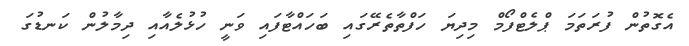
އެގޮތުން ފުރަތަމަ ޕްލެޓްފޯމް މިދިޔަ ހަފްތާތެރޭގައި ބަހައްޓާފައި ވަނީ ހުޅުލެއާއި ދިމާލުން ކަނޑުގަ